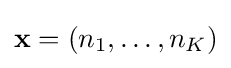
\mathbf {x} =(n_{1},\dots ,n_{K})